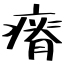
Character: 瘠